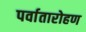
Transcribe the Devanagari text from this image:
पर्वातारोहण